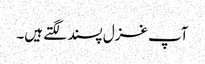
آپ غزل پسند لگتے ہیں۔